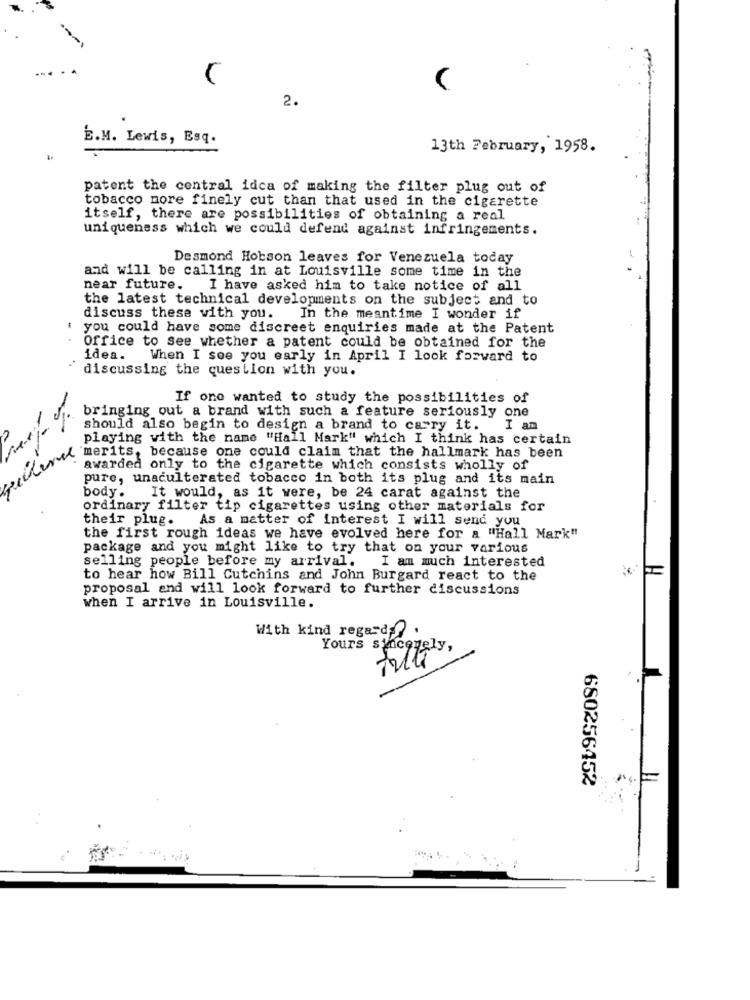
---
2.
É.M. Lewis, Esq.
13th February, 1958.
patent the central idca of making the filter plug out of
tobacco more finely cut than that used in the cigarette
itself, there are possibilities of obtaining a real
uniqueness which we could defend against infringements.
Desmond Hobson leaves for Venezuela today
and will be calling in at Louisville some time in the
near future.
I have asked him to take notice of all
the latest technical developments on the subject and to
discuss these with you. In the meantime I wonder if
you could have some discreet enquiries made at the Patent
office to see whether a patent could be obtained for the
idea. When I see you early in April I look forward to
" discussing the question with you.
If one wanted to study the possibilities of
bringing out a brand with such a feature seriously one
should also begin to design a brand to carry it.
I am
playing with the name "Hall Mark" which I think has certain
merits, because one could claim that the hallmark has been
awarded only to the cigarette which consists wholly of
pure, unadulterated tobacco in both its plug and its main
body.
It would, as it were, be 24 carat against the
ordinary filter tip cigarettes using other materials for
their plug.
As a matter of interest I will send you
the first rough ideas we have evolved here for a "Hall Mark"
package and you might like to try that on your various
selling people before my arrival. I am much interested
to hear how Bill Cutchins and John Burgard react to the
proposal and will look forward to further discussions
when I arrive in Louisville.
With kind regards ?.
Yours sincerely,
Filli
680256452
=